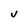
Character: U